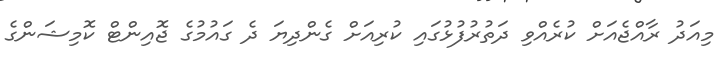
މިއަދު ރާއްޖެއަށް ކުރެއްވި ދަތުރުފުޅުގައި ކުރިއަށް ގެންދިޔަ ދެ ގައުމުގެ ޖޮއިންޓް ކޮމިޝަންގެ